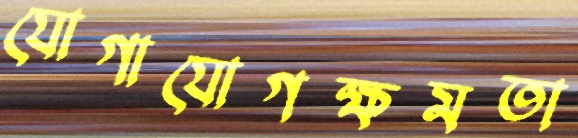
যোগাযোগক্ষমতা